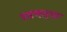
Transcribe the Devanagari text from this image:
पढणार्‍या